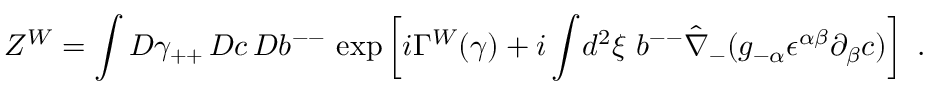
Z ^ { W } = \int { \cal D } \gamma _ { + + } \, { \cal D } c \, { \cal D } b ^ { -- } ~ \mathrm { e x p } \left[ i \Gamma ^ { W } ( \gamma ) + i \int \! d ^ { 2 } \xi ~ b ^ { -- } \hat { \nabla } _ { - } ( g _ { - \alpha } \epsilon ^ { \alpha \beta } \partial _ { \beta } c ) \right] ~ .